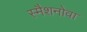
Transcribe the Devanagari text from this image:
स्मैशनोवा